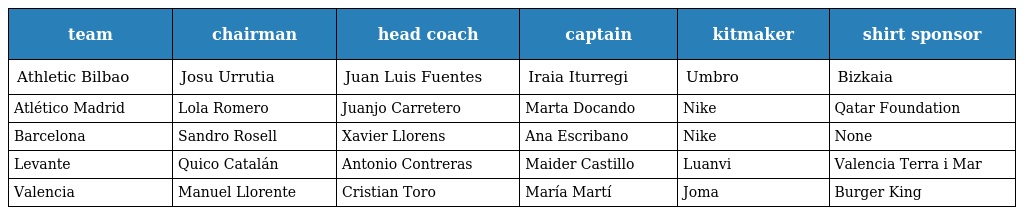
| team | chairman | head coach | captain | kitmaker | shirt sponsor |
 | --- | --- | --- | --- | --- | --- |
 | Athletic Bilbao | Josu Urrutia | Juan Luis Fuentes | Iraia Iturregi | Umbro | Bizkaia |
 | Atlético Madrid | Lola Romero | Juanjo Carretero | Marta Docando | Nike | Qatar Foundation |
 | Barcelona | Sandro Rosell | Xavier Llorens | Ana Escribano | Nike | None |
 | Levante | Quico Catalán | Antonio Contreras | Maider Castillo | Luanvi | Valencia Terra i Mar |
 | Valencia | Manuel Llorente | Cristian Toro | María Martí | Joma | Burger King |